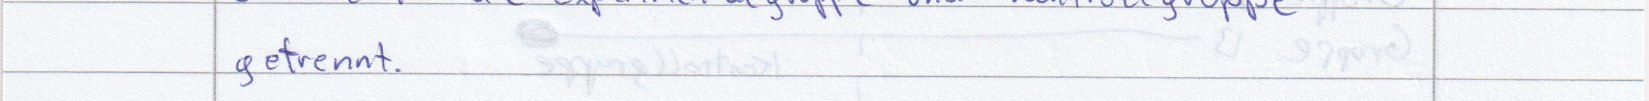
getrennt.